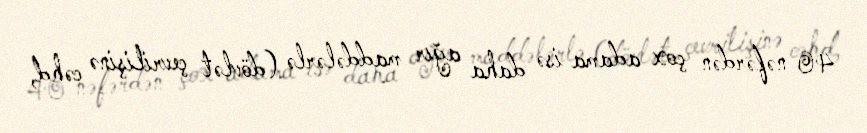
40 nəfərdən çox adama isə daha ağır maddələrlə (dövlət çevrilişinə cəhd,